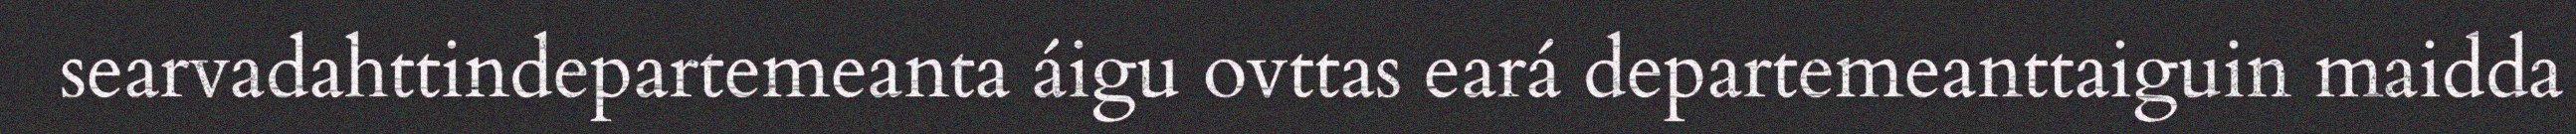
searvadahttindepartemeanta áigu ovttas eará departemeanttaiguin maidda